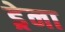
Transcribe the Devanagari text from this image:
ड्रेना